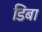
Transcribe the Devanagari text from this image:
डिबा